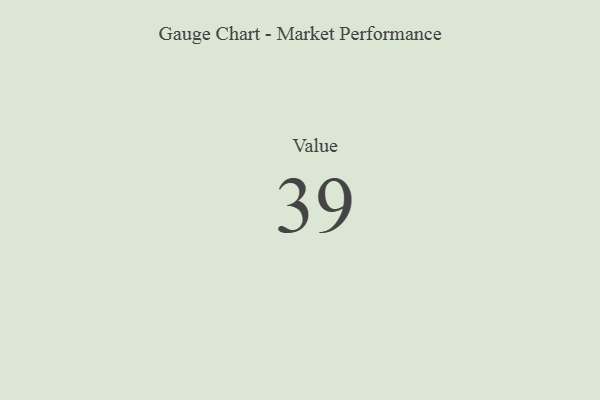
{"axis": {"x": "Metric", "y": "Value"}, "legend": [""], "data": [{"x": "Value", "y": 39, "type": ""}]}